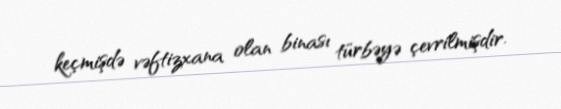
keçmişdə vəftizxana olan binası türbəyə çevrilmişdir.